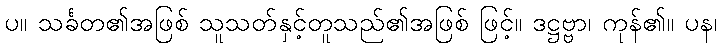
ပ။ သင်္ခတ၏အဖြစ် သူသတ်နှင့်တူသည်၏အဖြစ် ဖြင့်။ ဒဋ္ဌဗ္ဗာ၊ ကုန်၏။ ပန၊